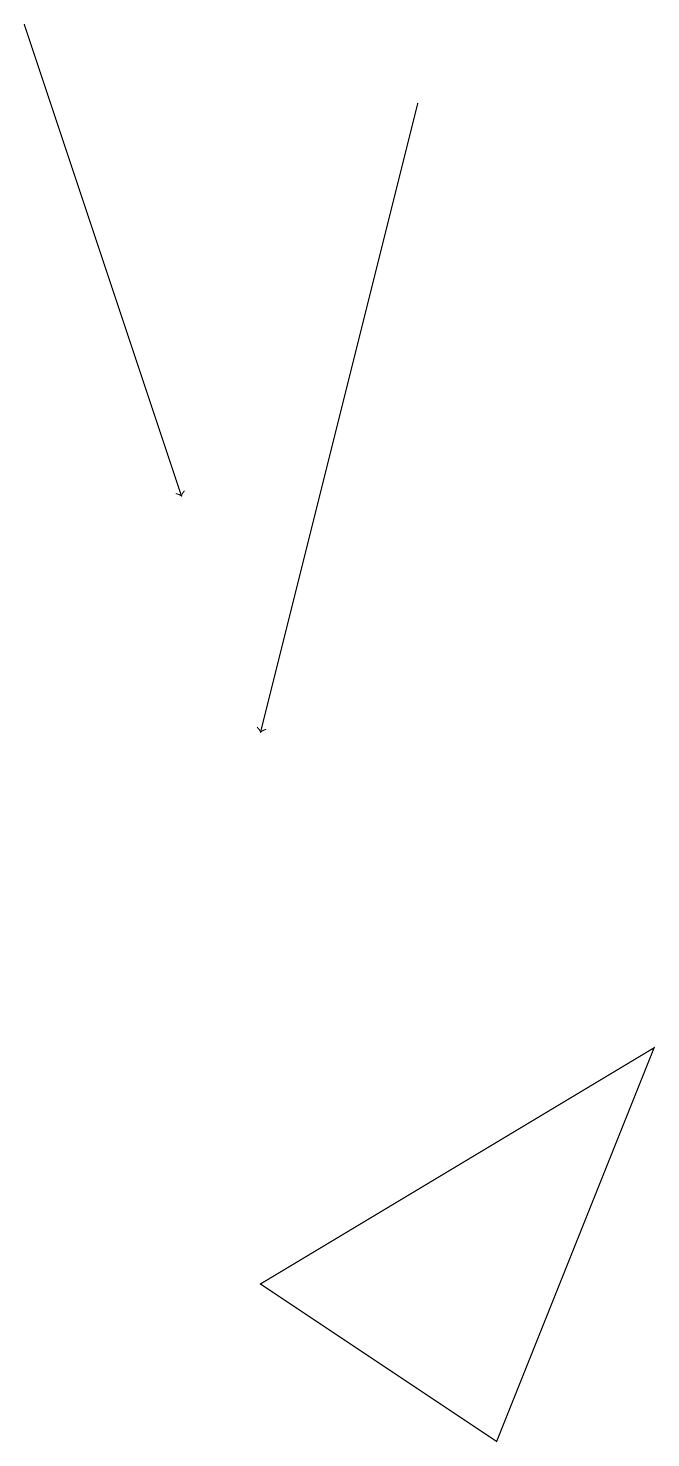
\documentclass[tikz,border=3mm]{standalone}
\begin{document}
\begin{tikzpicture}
\draw[->] (6,18) -- (4,10);
\draw (4,3) -- (9,6) -- (7,1) -- cycle;
\draw[->] (1,19) -- (3,13);
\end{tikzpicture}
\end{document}